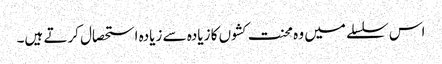
اس سلسلے میں وہ محنت کشوں کا زیادہ سے زیادہ استحصال کرتے ہیں۔